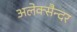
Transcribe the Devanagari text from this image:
अलेक्सैन्दर